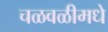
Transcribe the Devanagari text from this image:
चळवळीमधे